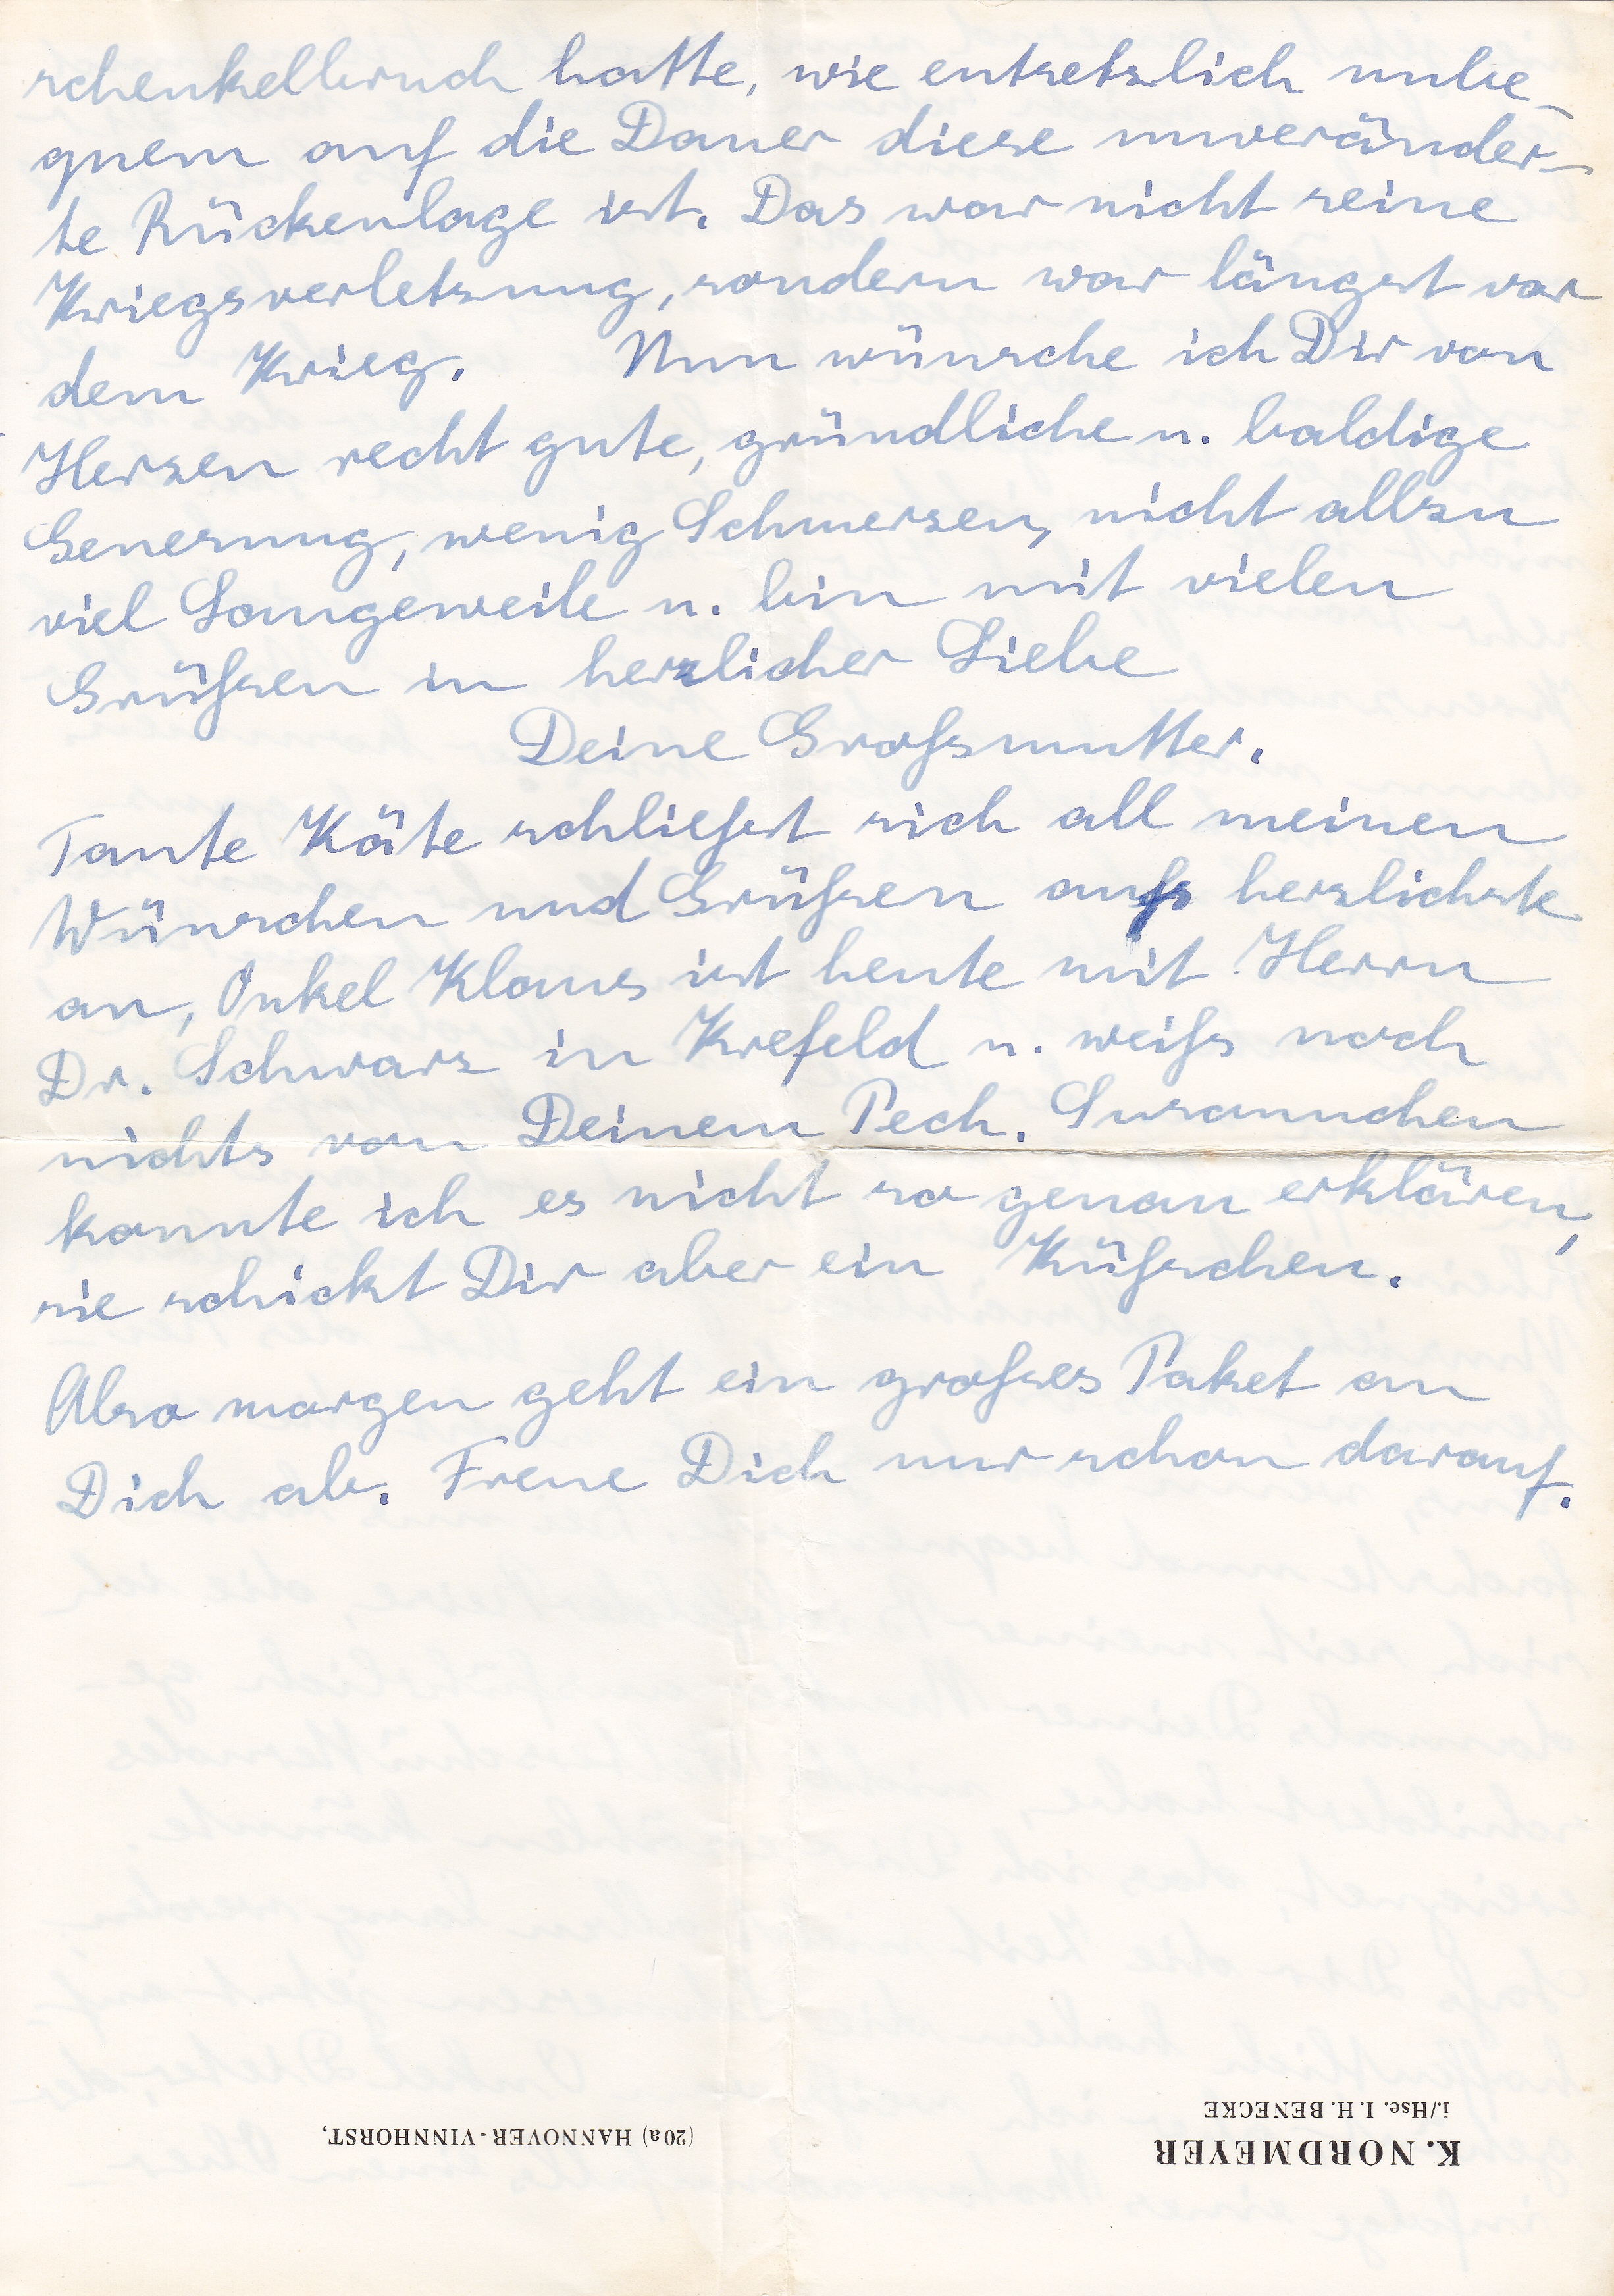
schenkelbruch hatte, wie entsetzlich unbe
quem auf die Dauer diese unveränder
te Rückenlage ist. Das war nicht seine
Kriegsverletzung, sondern war längst vor
dem Krieg. Nun wünsche ich Dir von
Herzen recht gute, gründliche u. baldige
Genesung, wenig Schmerzen, nicht allzu
viel Langeweile u. bin mit vielen
Grüßen in herzlicher Liebe
Deine Großmutter.
Tante Käte schließt sich all meinen
Wünschen und Grüßen aufs herzlichste
an, Onkel Klaus ist heute mit Herrn
Dr. Schwarz in Krefeld u. weiß noch
nichts von Deinem Pech. Susannchen
konnte ich es nicht so genau erklären
sie schickt Dir aber ein Küßchen.
Also morgen geht ein großes Paket an
Dich ab. Freue Dich nur schon darauf